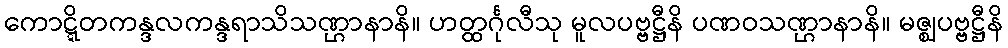
ကောဋ္ဋိတကန္ဒလကန္ဒရာသိသဏ္ဌာနာနိ။ ဟတ္ထင်္ဂုလီသု မူလပဗ္ဗဋ္ဌီနိ ပဏဝသဏ္ဌာနာနိ။ မဇ္ဈပဗ္ဗဋ္ဌီနိ